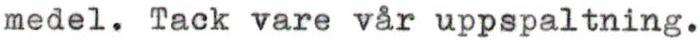
medel. Tack vare vår uppspaltning.